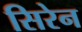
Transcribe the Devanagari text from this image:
सिरेन